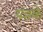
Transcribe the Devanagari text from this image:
यज्ञके